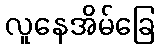
လူနေအိမ်ခြေ